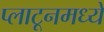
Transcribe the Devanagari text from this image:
प्लाटूनमध्ये